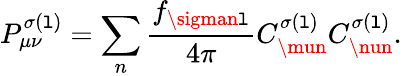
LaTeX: P_{\mu\nu}^{\sigma(\mathtt{l})}=\sum_{n}\frac{{f_{\sigman\mathtt{l}}}}{{4\pi}}C_{\mun}^{\sigma(\mathtt{l})}C_{\nun}^{\sigma(\mathtt{l})}.